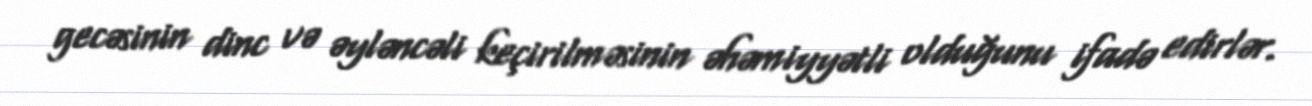
gecəsinin dinc və əyləncəli keçirilməsinin əhəmiyyətli olduğunu ifadə edirlər.